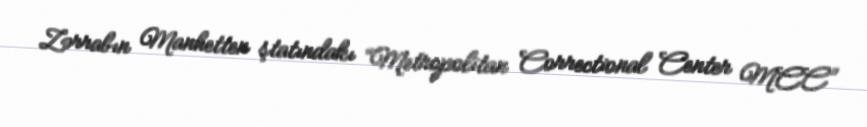
Zərrabın Manhetten ştatındakı “Metropolitan Correctional Center MCC”